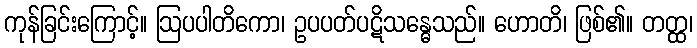
ကုန်ခြင်းကြောင့်။ ဩပပါတိကော၊ ဥပပတ်ပဋိသန္ဓေသည်။ ဟောတိ၊ ဖြစ်၏။ တတ္ထ၊